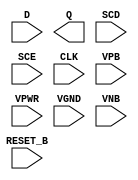
module sky130_fd_sc_lp__sdfrtp_ov2 (
    //# {{data|Data Signals}}
    input  D      ,
    output Q      ,

    //# {{control|Control Signals}}
    input  RESET_B,

    //# {{scanchain|Scan Chain}}
    input  SCD    ,
    input  SCE    ,

    //# {{clocks|Clocking}}
    input  CLK    ,

    //# {{power|Power}}
    input  VPB    ,
    input  VPWR   ,
    input  VGND   ,
    input  VNB
);
endmodule